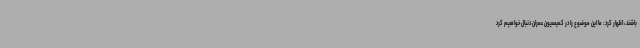
باشند، اظهار کرد: ما این موضوع را در کمیسیون عمران دنبال خواهیم کرد